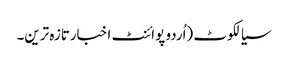
سیالکوٹ (اُردو پوائنٹ اخبارتازہ ترین۔